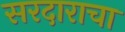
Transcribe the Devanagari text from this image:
सरदाराचा